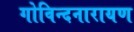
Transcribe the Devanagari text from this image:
गोविन्दनारायण